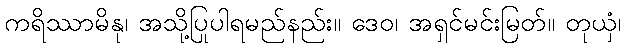
ကရိဿာမိနု၊ အသို့ပြုပါရမည်နည်း။ ဒေဝ၊ အရှင်မင်းမြတ်။ တုယှံ၊